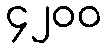
၄၂၀၀